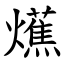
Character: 爑